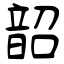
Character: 韶